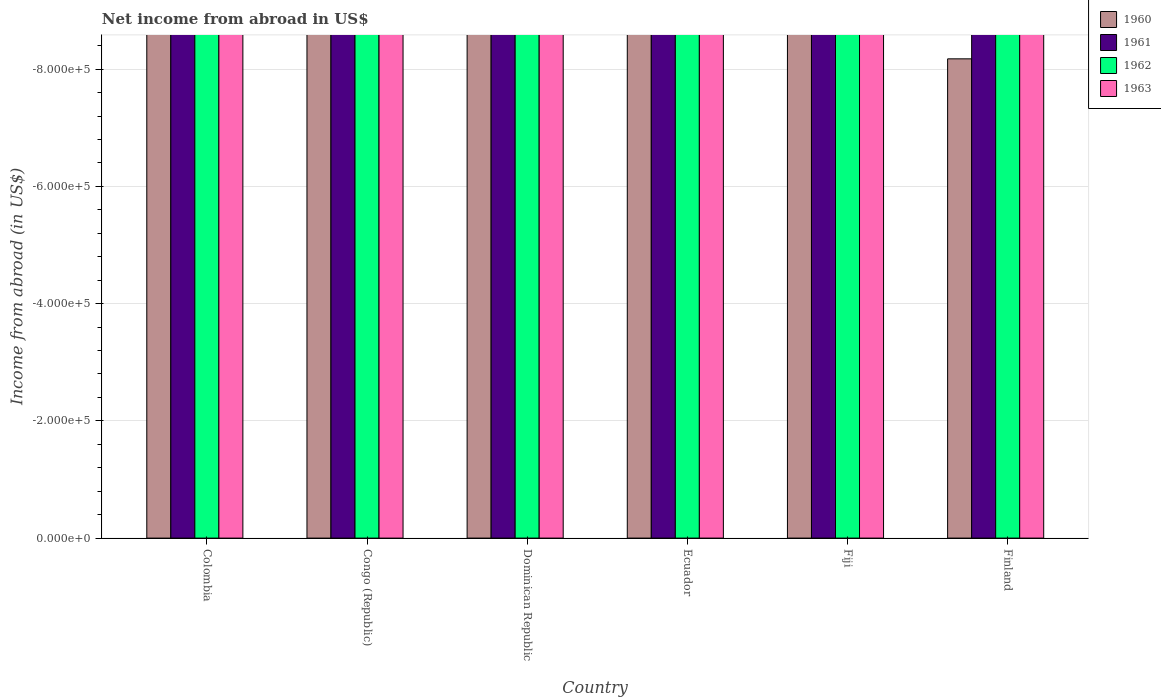
| Country | 1960 | 1961 | 1962 | 1963 |
 | --- | --- | --- | --- | --- |
 | Colombia | -1.46e+08 | -1.89e+08 | -2.38e+08 | -3.82e+08 |
 | Congo (Republic) | -5.34e+08 | -6.94e+08 | -7.64e+08 | -7.52e+08 |
 | Dominican Republic | -1.01e+07 | -1.86e+07 | -2.16e+07 | -2.03e+07 |
 | Ecuador | -2.16e+07 | -2.55e+07 | -2.38e+07 | -1.78e+07 |
 | Fiji | -3.4e+06 | -3.5e+06 | -3.8e+06 | -5.3e+06 |
 | Finland | -8.18e+05 | -2.91e+06 | -6.42e+06 | -1.09e+07 |